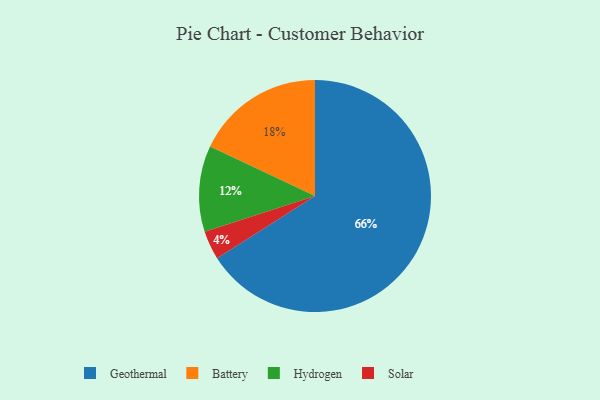
{"axis": {"x": "Category", "y": "Percentage"}, "legend": ["Battery", "Geothermal", "Hydrogen", "Solar"], "data": [{"x": "Hydrogen", "y": 12, "type": "Hydrogen"}, {"x": "Battery", "y": 18, "type": "Battery"}, {"x": "Geothermal", "y": 66, "type": "Geothermal"}, {"x": "Solar", "y": 4, "type": "Solar"}]}